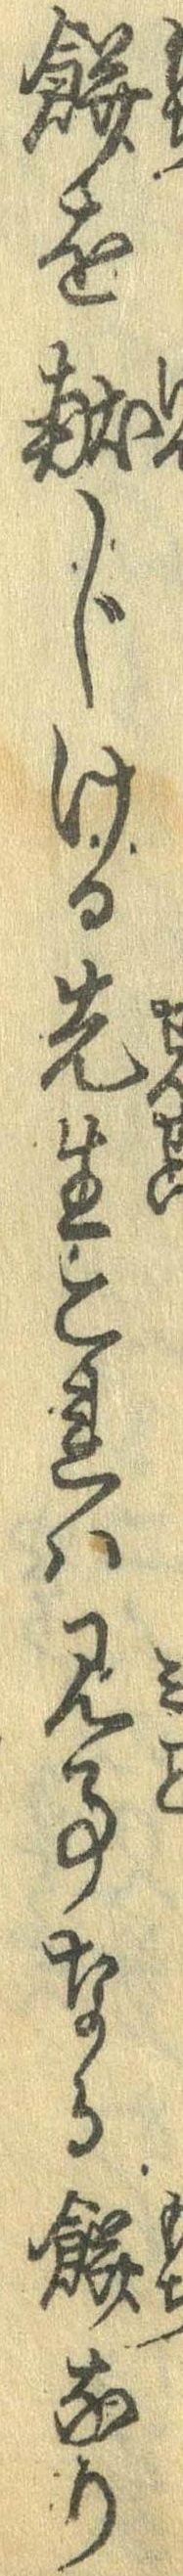
餅を献じける先生これは見事なる餅なり